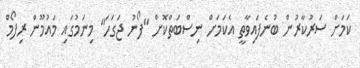
ކަމަށް ސަރުކާރުން ބުނެފައިވާތީ އެކަމަށް ނިސްބަތްކޮށް "ފޯނު ޖަގަހަ" މިނަމުގައި މައުމޫން ރިފޯމް